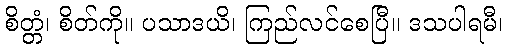
စိတ္တံ၊ စိတ်ကို။ ပသာဒယိ၊ ကြည်လင်စေပြီ။ ဒသပါရမီ၊